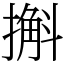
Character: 㩂